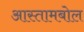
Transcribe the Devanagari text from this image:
आस्तामबोल